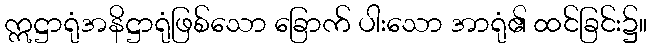
ဣဋ္ဌာရုံအနိဋ္ဌာရုံဖြစ်သော ခြောက် ပါးသော အာရုံ၏ ထင်ခြင်း၌။